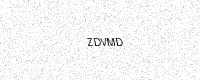
Text: ZDVMD